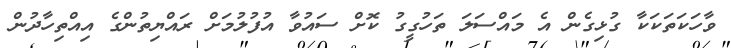
ވާހަކަތަކަކާ ގުޅިގެން އެ މައްސަލަ ތަހުގީގު ކޮށް ސައުވާ އުފުލުމަށް ރައްޔިތުންގެ އިއްތިހާދުން